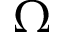
\Omega